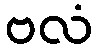
ဗလံ